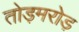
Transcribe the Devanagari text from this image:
तोड़मरोड़